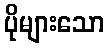
ပိုများသော